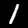
Label: 1